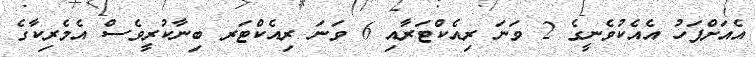
އެއަށްފަހު އެއެކުވެނީގެ 2 ވަނަ ރިއެކްޓަރާއި 6 ވަނަ ރިއެކްޓަރ ބިނާކުރީވެސް އެމެރިކާގެ